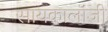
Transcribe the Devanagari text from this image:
सायकालॉजी